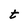
Character: t